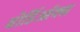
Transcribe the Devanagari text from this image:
बोर्डिऑक्स